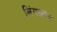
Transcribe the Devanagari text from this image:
लिंगस्टोन